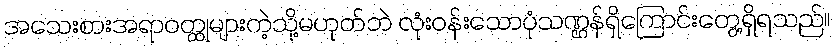
အသေးစားအရာဝတ္ထုများကဲ့သို့မဟုတ်ဘဲ လုံးဝန်းသောပုံသဏ္ဌန်ရှိကြောင်းတွေ့ရှိရသည်။